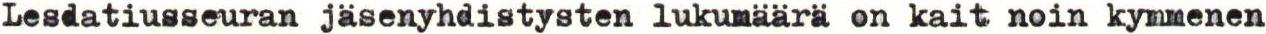
Lesdatiusseuran jäsenyhdistysten lukumäärä on kait noin kymmenen